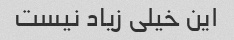
این خیلی زیاد نیست